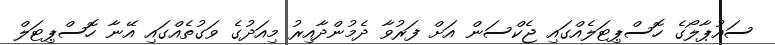
ސައުޕާލޯގެ ހޮސްޕިޓަލެއްގައި ޖެކްސަން އަށް ފަރުވާ ދެމުންދާއިރު މިއަދުގެ ވަގުތެއްގައި އޭނާ ހޮސްޕިޓަލް